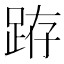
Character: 𨀛